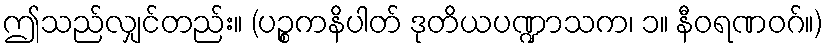
ဤသည်လျှင်တည်း။ (ပဉ္စကနိပါတ် ဒုတိယပဏ္ဍာသက၊ ၁။ နီဝရဏဝဂ်။)